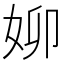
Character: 㚹